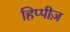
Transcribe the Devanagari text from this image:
हिप्पीज़